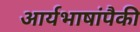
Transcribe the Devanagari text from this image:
आर्यभाषांपैकी